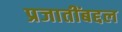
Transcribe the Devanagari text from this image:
प्रजातींबद्दल